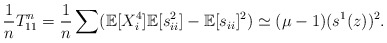
\begin{align*}\frac{1}{n}T^n_{11}=\frac{1}{n} \sum (\mathbb E[X_i^4]\mathbb E[s_{ii}^2]-\mathbb E[s_{ii}]^2)\simeq (\mu - 1) (s^1(z))^2.\end{align*}